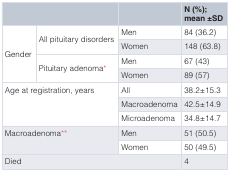
| <COLSPAN=2>  |  | N (%);mean ±SD |
 | --- | --- | --- | --- |
 | <ROWSPAN=4> Gender | <ROWSPAN=2> All pituitary disorders | Men | 84 (36.2) |
 | Women | 148 (63.8) |
 | <ROWSPAN=2> Pituitary adenoma* | Men | 67 (43) |
 | Women | 89 (57) |
 | <ROWSPAN=3-COLSPAN=2> Age at registration, years | All | 38.2±15.3 |
 | Macroadenoma | 42.5±14.9 |
 | Microadenoma | 34.8±14.7 |
 | <ROWSPAN=2-COLSPAN=2> Macroadenoma** | Men | 51 (50.5) |
 | Women | 50 (49.5) |
 | <COLSPAN=3> Died | 4 |